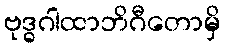
ဗုဒ္ဓဂါထာဘိဂီတောမှိ